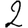
Digit: 2